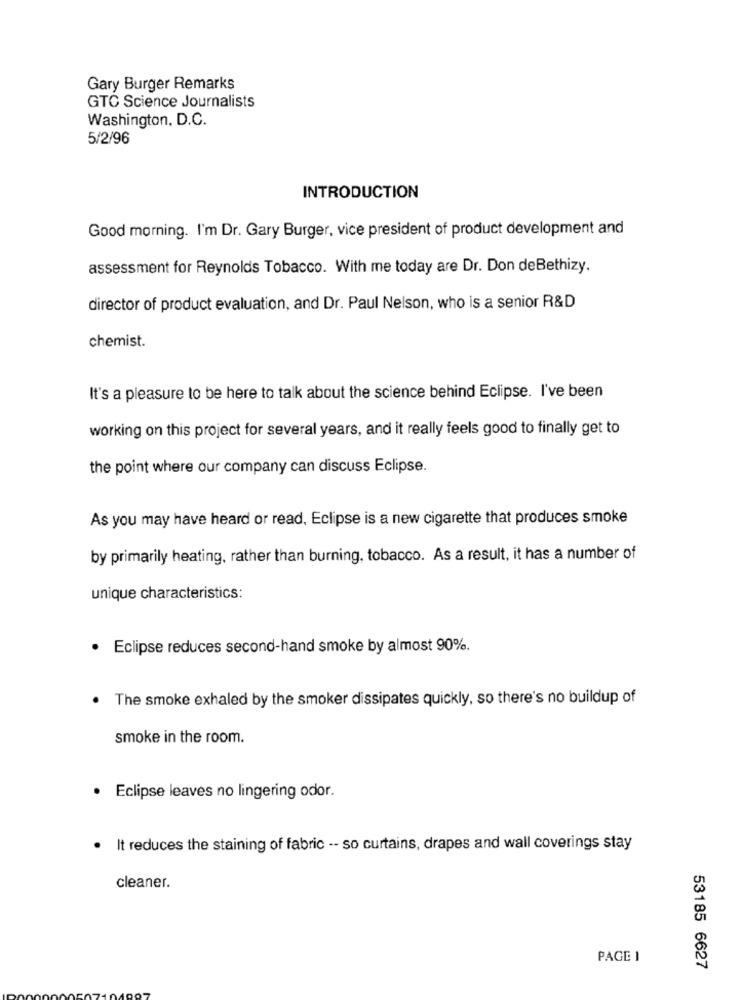
Gary Burger Remarks
GTC Science Journalists
Washington, D.C.
5/2/96
INTRODUCTION
Good morning. I'm Dr. Gary Burger, vice president of product development and
assessment for Reynolds Tobacco. With me today are Dr. Don deBethizy.
director of product evaluation, and Dr. Paul Nelson, who is a senior R&D
chemist.
It's a pleasure to be here to talk about the science behind Eclipse. I've been
working on this project for several years, and it really feels good to finally get to
the point where our company can discuss Eclipse.
As you may have heard or read, Eclipse is a new cigarette that produces smoke
by primarily heating, rather than burning, tobacco. As a result, it has a number of
unique characteristics:
· Eclipse reduces second-hand smoke by almost 90%.
The smoke exhaled by the smoker dissipates quickly, so there's no buildup of
.
smoke in the room.
· Eclipse leaves no lingering odor.
It reduces the staining of fabric -- so curtains, drapes and wall coverings stay
cleaner.
PAGE 1
53185 6627